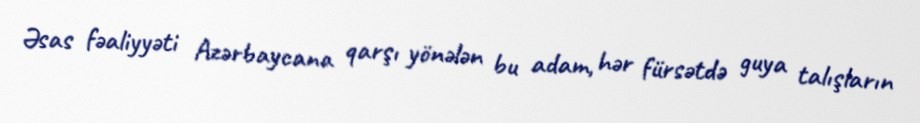
Əsas fəaliyyəti Azərbaycana qarşı yönələn bu adam, hər fürsətdə guya talışların